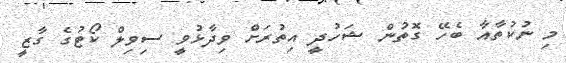
މި ނުކުތާއާ ބެހޭ ގޮތުން ޝަހުދީ އިތުރަށް ވިދާޅުވީ ސިވިލް ކޯޓުގެ ގާޒީ